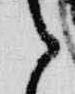
之